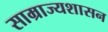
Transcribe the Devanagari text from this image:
साम्राज्यशासन